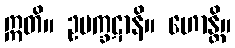
ဣတိ။ ဥပက္ခဋာနိ။ ဟောန္တိ။